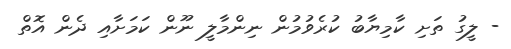
- ލީގު ތަށި ކާމިޔާބު ކުރެވުމުން ނިންމާލީ ނޫން ކަމަށާއި ދެން އޮތް